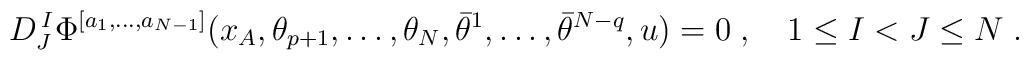
D^{\,I}_{J}\Phi^{[a_1,\ldots,a_{N-1}]}(x_A,\theta_{p+1},\ldots,\theta_{N},\bar\theta^1,\ldots,\bar\theta^{N-q}, u) = 0\;, \quad 1\leq I < J \leq N\;.